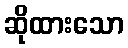
ဆိုထားသော